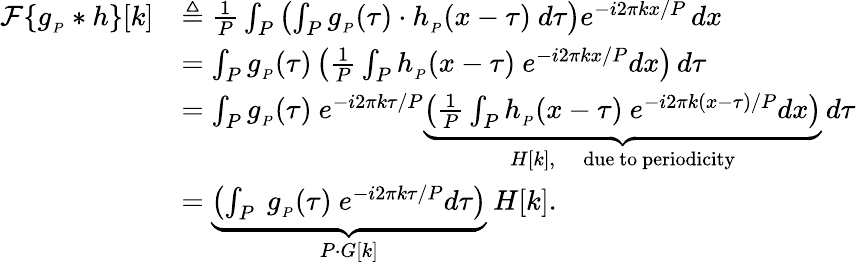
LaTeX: {\begin{array}{rl}{{\mathcal{F}}\{ g_{_{P}}*h\} [k]}&{\triangleq{\frac{1}{P}}\int_{P}\left(\int_{P}g_{_{P}}(\tau)\cdot h_{_{P}}(x-\tau)\ d\tau\right)e^{-i2\pi kx/P}\, dx}\\ &{=\int_{P}g_{_{P}}(\tau)\left({\frac{1}{P}}\int_{P}h_{_{P}}(x-\tau)\ e^{-i2\pi kx/P}dx\right)\, d\tau}\\ &{=\int_{P}g_{_{P}}(\tau)\ e^{-i2\pi k\tau/P}\underbrace{\left({\frac{1}{P}}\int_{P}h_{_{P}}(x-\tau)\ e^{-i2\pi k(x-\tau)/P}dx\right)}_{H[k],\quad{\mathrm{due~to~periodicity}}}\, d\tau}\\ &{=\underbrace{\left(\int_{P}\ g_{_{P}}(\tau)\ e^{-i2\pi k\tau/P}d\tau\right)}_{P\cdot G[k]}\ H[k].}\end{array}}